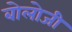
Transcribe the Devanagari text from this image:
बोलोजी